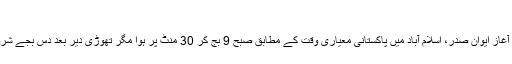
[1]
تقریب کا آغاز ایوان صدر، اسلام آباد میں پاکستانی معیاری وقت کے مطابق صبح 9 بج کر 30 منٹ پر ہوا مگر تھوڑی دیر بعد دس بجے شروع ہوئی۔